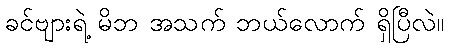
ခင်ဗျားရဲ့ မိဘ အသက် ဘယ်လောက် ရှိပြီလဲ။